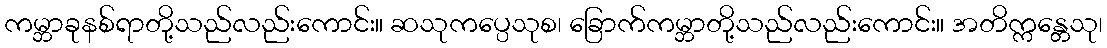
ကမ္ဘာခုနစ်ရာတို့သည်လည်းကောင်း။ ဆသုကပ္ပေသုစ၊ ခြောက်ကမ္ဘာတို့သည်လည်းကောင်း။ အတိက္ကန္တေသု၊